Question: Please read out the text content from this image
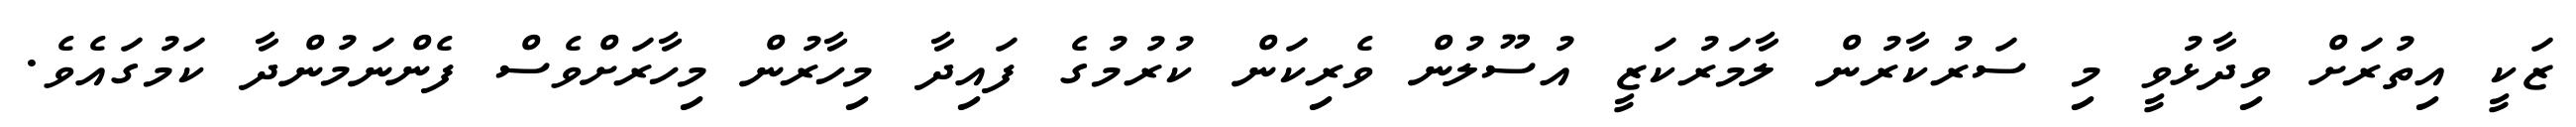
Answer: ޒަކީ އިތުރަށް ވިދާޅުވީ މި ސަރުކާރުން ލާމަރުކަޒީ އުސޫލުން ވެރިކަން ކުރުމުގެ ފައިދާ މިހާރުން މިހާރަށްވެސް ފެންނަމުންދާ ކަމުގައެވެ.